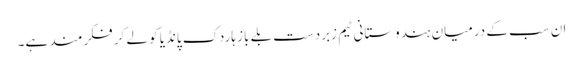
ان سب کے درمیان ہندوستانی ٹیم زبردست بلے باز ہاردک پانڈیا کو لے کر فکرمند ہے۔